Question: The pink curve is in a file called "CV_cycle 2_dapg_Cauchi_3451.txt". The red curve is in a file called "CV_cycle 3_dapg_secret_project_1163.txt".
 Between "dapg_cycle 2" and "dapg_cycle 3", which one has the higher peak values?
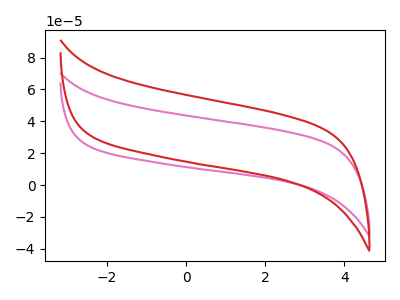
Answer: <think>The pink curve "dapg_cycle 2" has no peaks. The red curve "dapg_cycle 3" has no peaks.</think>
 <answer>Niether CV has any peaks.</answer>
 <eval>blanks</eval>